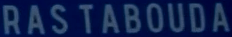
RAS TABOUDA